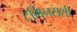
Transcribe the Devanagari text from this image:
टर्मिनसशी